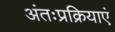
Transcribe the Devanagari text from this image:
अंतःप्रक्रियाएं